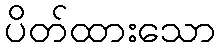
ပိတ်ထားသော